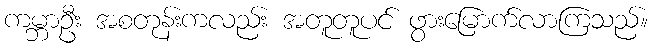
ကမ္ဘာဦး အစတုန်းကလည်း အတူတူပင် ဖွားမြောက်လာကြသည်။